Annual report of the Central Committee of the Association together with the report of the directors of the Pasteur Institute at Kasauli
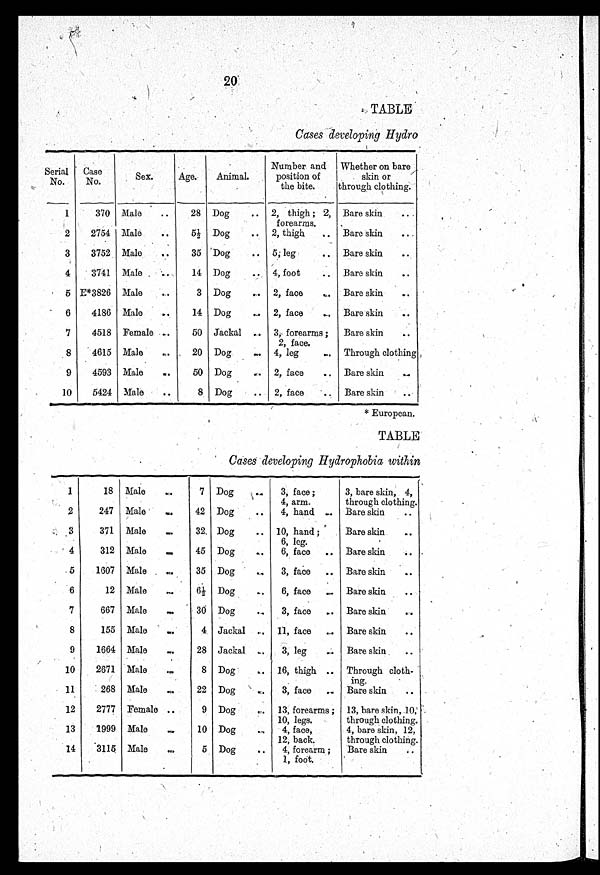
20
TABLE
Cases developing Hydro
Serial
No.
Case
No.
Sex.
Age.
Animal.
Number and
position of
the bite.
Whether on bare
skin or
through clothing.
1
370 Male
..
28 Dog
.. 2, thigh ; 2,
forearms.
Bare skin
..
2
2754 Male
..
5 ½ Dog
..
2, thigh
.. Bare skin
..
3
3752 Male
..
35 Dog
.. 5, leg
.. Bare skin
..
4
3741 Male
..
14 Dog
.. 4, foot
.. Bare skin
..
5 E*3826 Male
..
3 Dog
.. 2, face
.. Bare skin
..
6
4186 Male
..
14 Dog
. . 2, face
.. Bare skin
..
7
4518 Female
..
50 Jackal
..
3, forearms ;
2, face.
Bare skin
..
8
4615 Male
..
20 Dog
.. 4, leg
.. Through clothing
9
4593 Male
..
50 Dog
.. 2, face
.. Bare skin
..
10
5424 Male
..
8 Dog
.. 2, face
..
Bare skin
..
* European.
TABLE
Cases developing Hydrophobia within
1
18 Male
...
7 Dog
...
3, face ;
4, arm.
3, bare skin, 4,
through clothing.
2
247 Male
..
.
42 Dog
... 4, hand .. Bare skin
..
3
371 Male
..
.
32. Dog
... 10, hand ;
6, leg.
Bare skin
...
4
312 Male
..
.
45 Dog
...
6, face .. Bare skin
...
5
1607 Male
..
.
35 Dog
...
3, face .. Bare skin
..
6
12 Male
..
.
6 ½ Dog
..
6, face
. . Bare skin
..
7
667 Male
..
.
30 Dog
...
3, face .. Bare skin
..
8
155 Male
...
4 Jackal ... 11, face ... Bare skin
..
9
1664 Male
...
28 Jackal ... 3; leg
.. Bare skin
..
10
2671 Male
...
8 Dog
.. 16, thigh .. Through cloth
ing.
11
268 Male
...
22 Dog
. . 3, face ... Bare skin
..
12
2777 Female ...
9 Dog
.. 13, forearms ;
10, legs.
13, bare skin, 10,
through clothing.
13
1999 Male
...
10 Dog
..
4, face,
12, back.
4, bare skin, 12,
through clothing.
14
3115 Male
...
5 Dog
.. 4, forearm ;
1, foot.
Bare skin
..